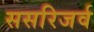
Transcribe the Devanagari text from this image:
ससरिजर्व